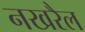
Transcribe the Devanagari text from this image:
नखरैल